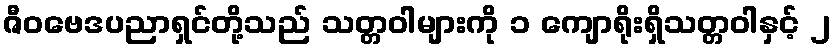
ဇီဝဗေဒပညာရှင်တို့သည် သတ္တဝါများကို ၁ ကျောရိုးရှိသတ္တဝါနှင့် ၂